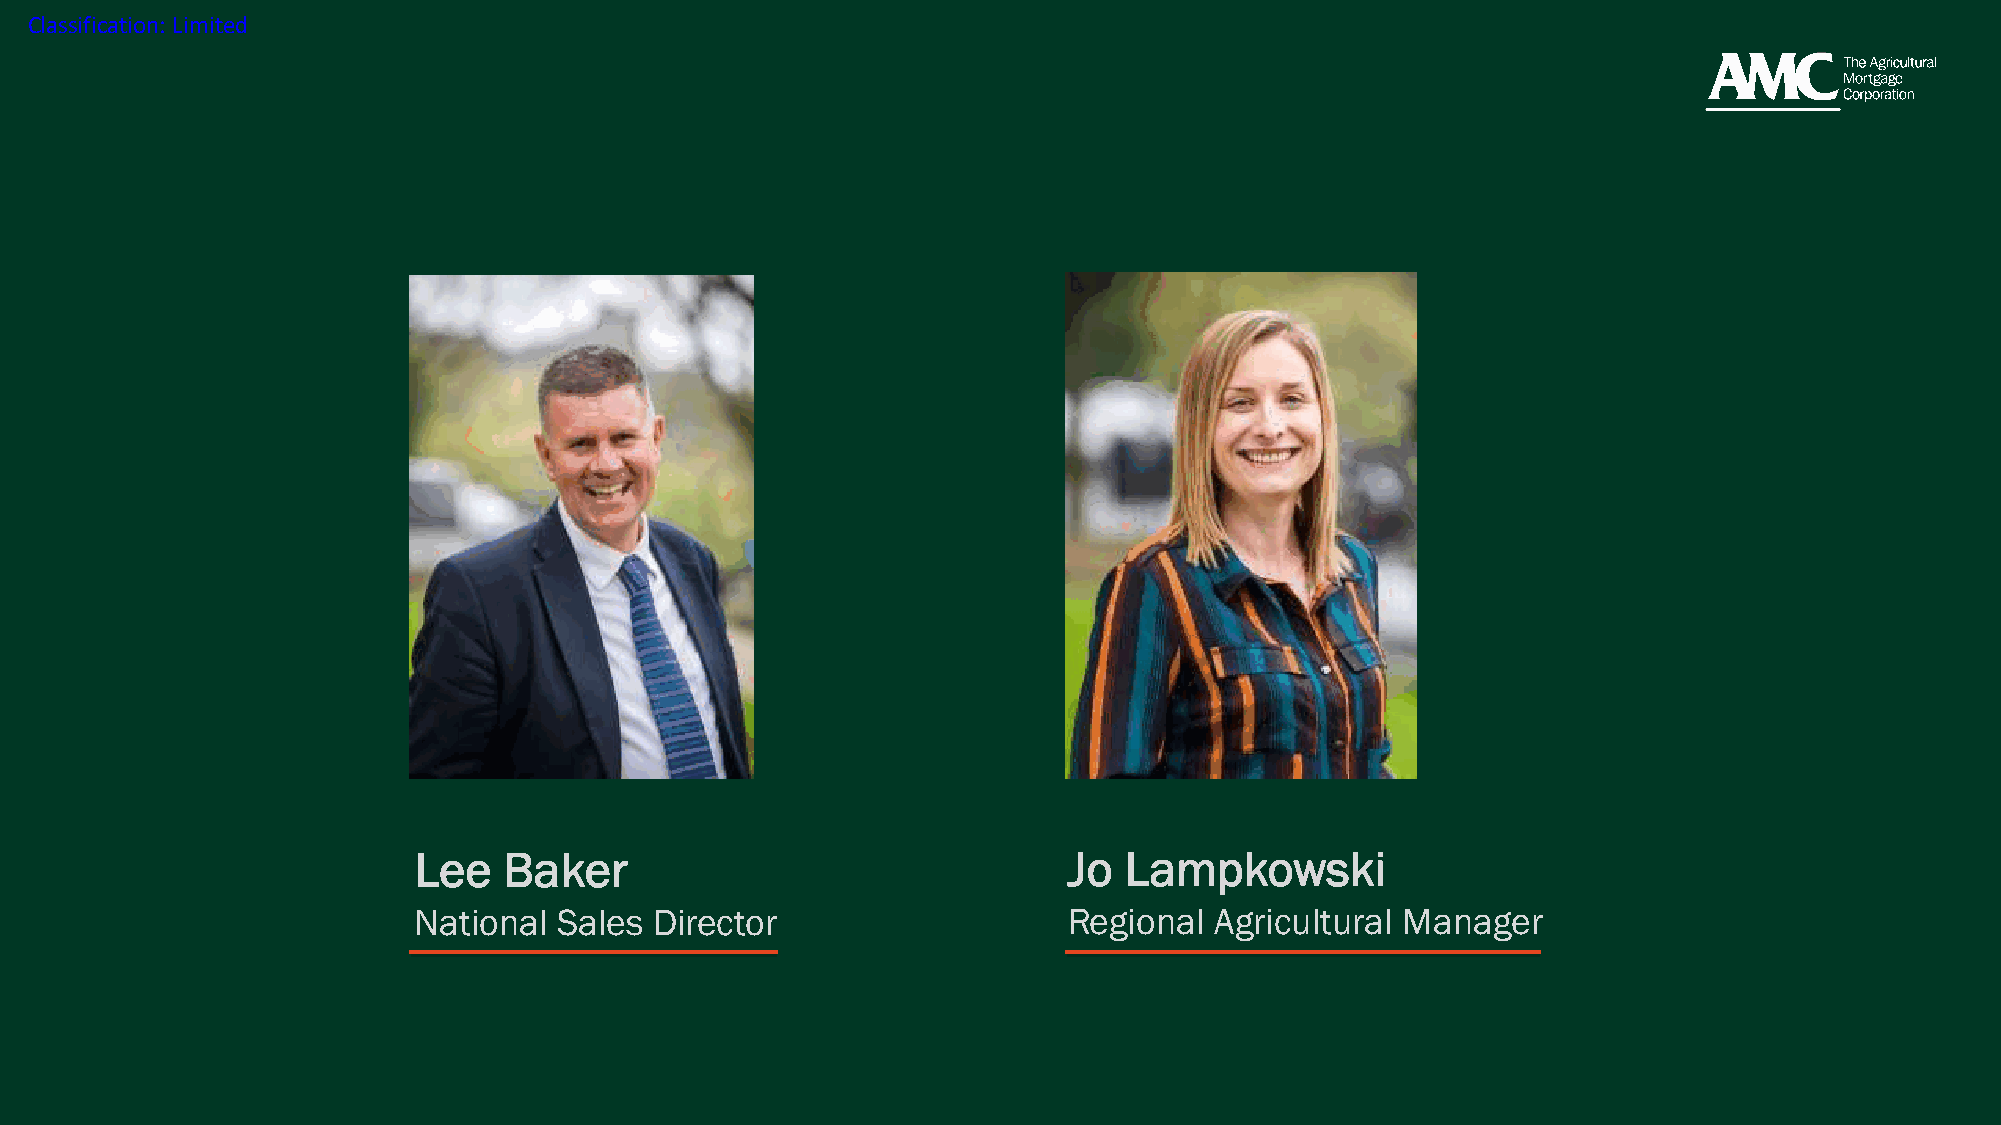
Classification: Limited
 Lee   Baker                                 Jo Lampkowski
 National  Sales Director                    Regional Agricultural Manager